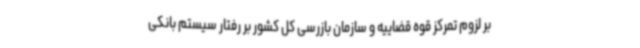
بر لزوم تمرکز قوه قضاییه و سازمان بازرسی کل کشور بر رفتار سیستم بانکی